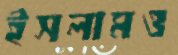
ইসলামও